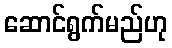
ဆောင်ရွက်မည်ဟု